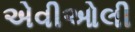
એવીઓલી